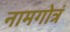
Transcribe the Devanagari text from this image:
नामगोत्रं